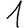
Digit: 1